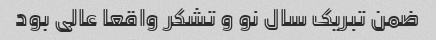
ضمن تبریک سال نو و تشکر واقعا عالی بود